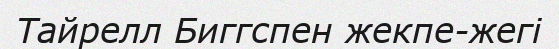
Тайрелл Биггспен жекпе-жегі